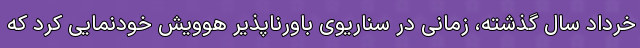
خرداد سال گذشته، زمانی در سناریوی باورناپذیر هوویش خودنمایی کرد که